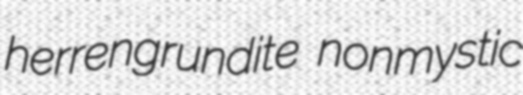
herrengrundite nonmystic